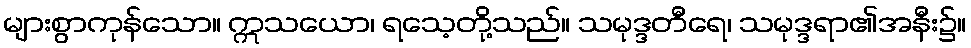
များစွာကုန်သော။ ဣသယော၊ ရသေ့တို့သည်။ သမုဒ္ဒတီရေ၊ သမုဒ္ဒရာ၏အနီး၌။